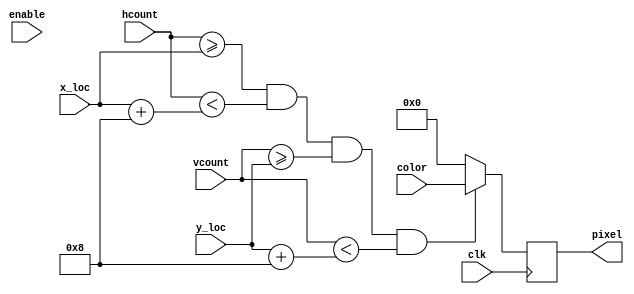
`timescale 1ns / 1ps
//////////////////////////////////////////////////////////////////////////////////
// Company: 
// Engineer: 
// 
// Design Name: 
// Module Name:    color_blob 
// Project Name: 
// Target Devices: 
// Tool versions: 
// Description: 
//
// Dependencies: 
//
// Revision: 
// Revision 0.01 - File Created
// Additional Comments: 
//
//////////////////////////////////////////////////////////////////////////////////
module color_blob(
	input wire clk,
	input wire [9:0] hcount,
	input wire [9:0] vcount,
	input wire [9:0] x_loc,
	input wire [9:0] y_loc,
	input wire enable,
	input wire [8:0] color,
	output reg [8:0] pixel
    );
	 
	parameter blob_size = 8; 
	
	
	always@(posedge clk)
	begin
	
	if( (hcount>=x_loc)&&(hcount<(x_loc+blob_size)) && (vcount>=y_loc) && (vcount<(y_loc+blob_size)))
	begin
	pixel <= color;	
	end
	else
	begin
	pixel <= 9'h00;
	end
	
	end

endmodule